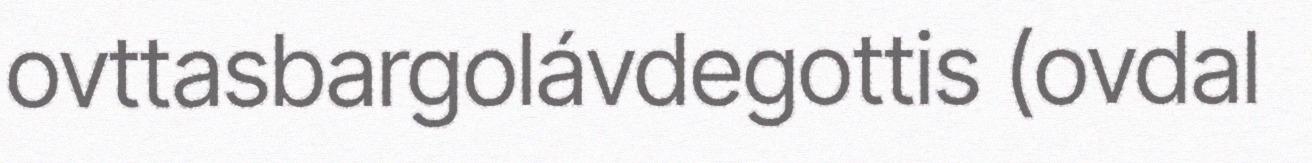
ovttasbargolávdegottis (ovdal